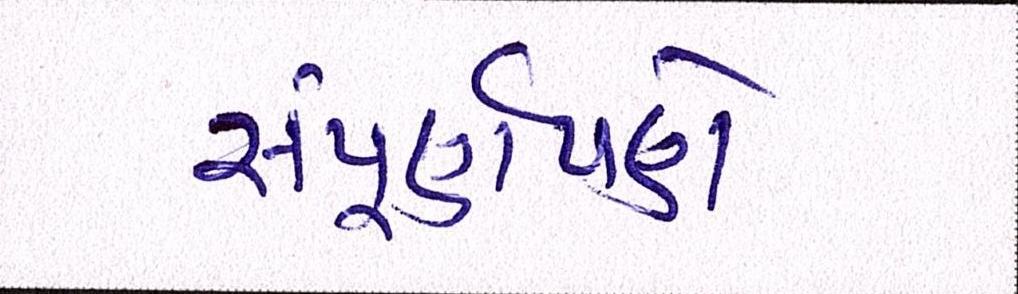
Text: સંપૂર્ણપણે